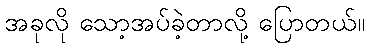
အခုလို သော့အပ်ခဲ့တာလို့ ပြောတယ်။